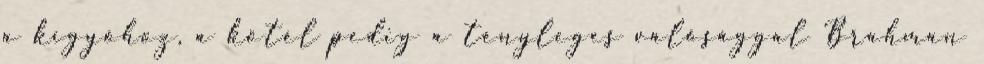
a kígyóhoz, a kötél pedig a tényleges valósággal Brahman